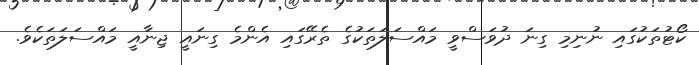
ކޯޓުތަކުގައި ނުނިމި ގިނަ ދުވަސްވީ މައްސަލަތަކުގެ ތެރޭގައި އެންމެ ގިނައީ ޖިނާއީ މައްސަލަތަކެވެ.